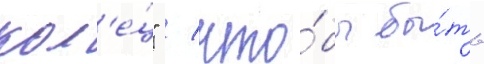
кол'е́ц" / что́бы бы́ть